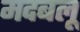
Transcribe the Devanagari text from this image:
मदबलू